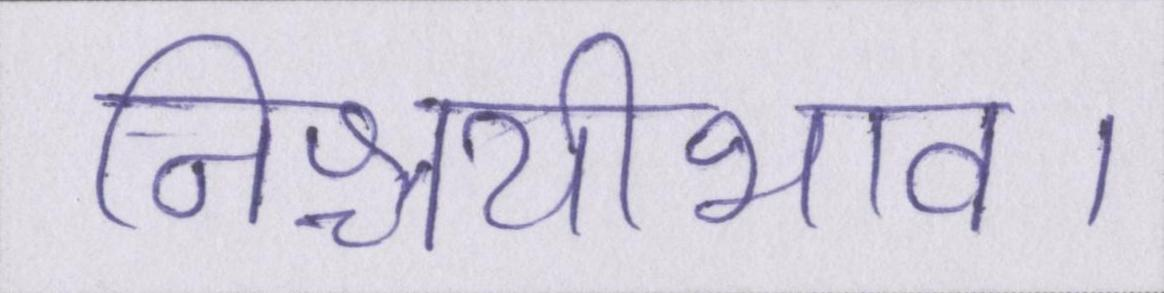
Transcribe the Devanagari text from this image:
निश्चयीभाव।